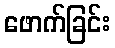
ဖောက်ခြင်း